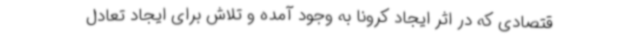
قتصادی که در اثر ایجاد کرونا به وجود آمده و تلاش برای ایجاد تعادل